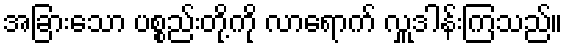
အခြားသော ပစ္စည်းတို့ကို လာရောက် လှူဒါန်းကြသည်။